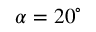
\alpha = 2 0 ^ { \circ }